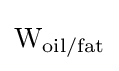
{{\textrm {W}}_{\textrm {oil/fat}}}